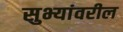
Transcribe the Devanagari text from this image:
सुभ्यांवरील